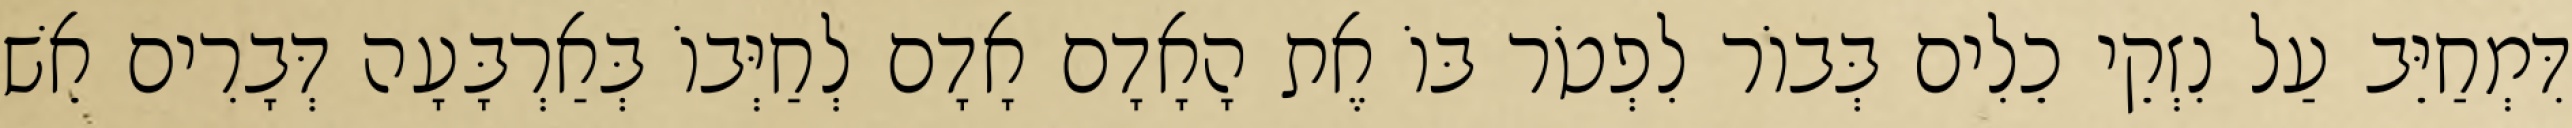
דִּמְחַיֵּב עַל נִזְקֵי כֵלִים בְּבוֹר לִפְטֹר בּוֹ אֶת הָאָדָם אָדָם לְחַיְּבוֹ בְּאַרְבָּעָה דְּבָרִים אֵשׁ